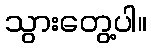
သွားတွေ့ပါ။